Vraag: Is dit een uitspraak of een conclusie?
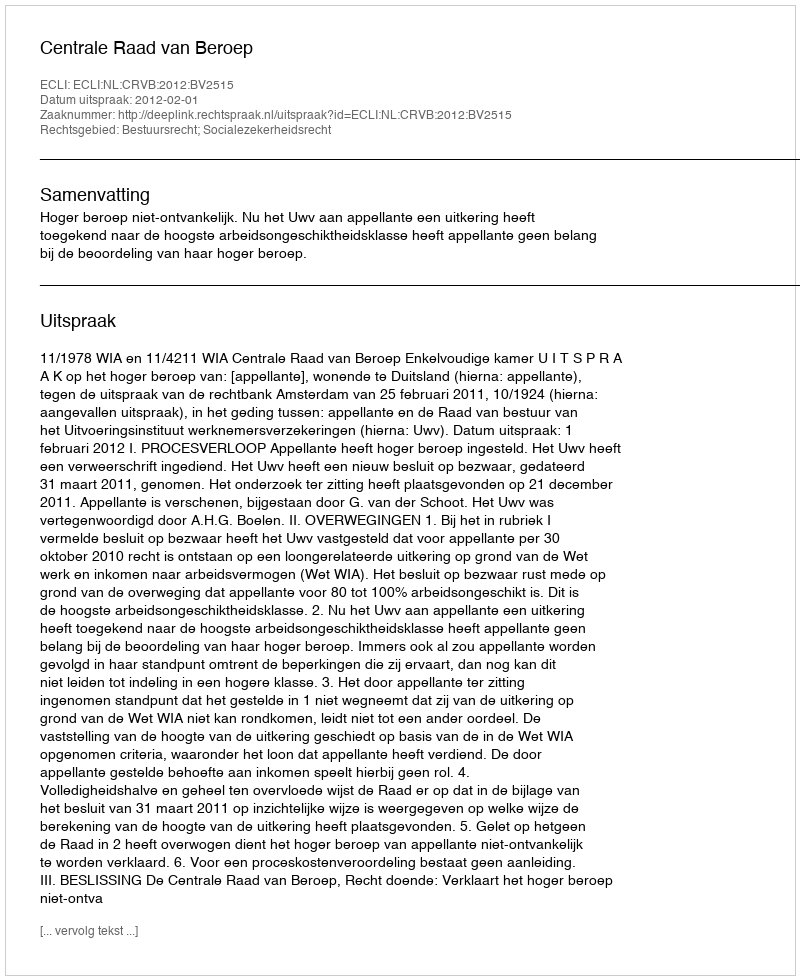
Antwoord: Uitspraak